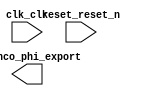

module kernel (
	clk_clk,
	pio_nco_phi_export,
	reset_reset_n);	

	input		clk_clk;
	output	[31:0]	pio_nco_phi_export;
	input		reset_reset_n;
endmodule